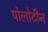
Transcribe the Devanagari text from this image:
पोलोटीन